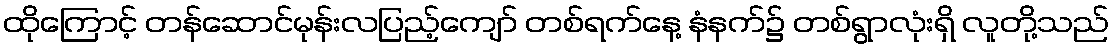
ထိုကြောင့် တန်ဆောင်မုန်းလပြည့်ကျော် တစ်ရက်နေ့ နံနက်၌ တစ်ရွာလုံးရှိ လူတို့သည်